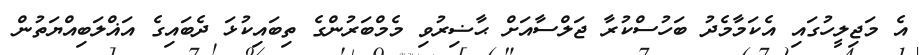
އެ މަޖިލީހުގައި އެކަމާމެދު ބަހުސްކުރާ ޖަލްސާއަށް ޙާޟިރުވި މެމްބަރުންގެ ތިބައިކުޅަ ދެބައިގެ އަޣްލަބިއްޔަތުން